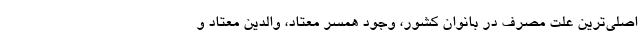
اصلی‌ترین علت مصرف در بانوان کشور، وجود همسر معتاد، والدین معتاد و